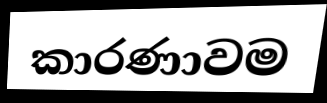
කාරණාවම